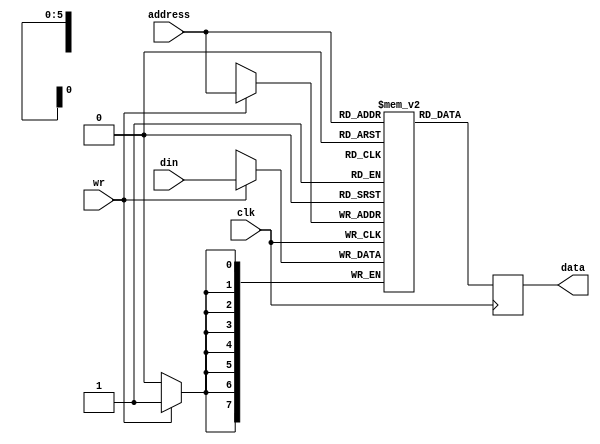
module ram_64x8 (
    input wire clk,            
    input wire wr,             
    input wire [5:0] address,  
    input wire [7:0] din,      
    output reg [7:0] data    
);
    reg [7:0] ram [0:63];
    always @(posedge clk) begin
        if (wr) begin
            ram[address] <= din;
        end
        data <= ram[address];
    end
endmodule
//TestBench

module tb_ram_64x8;
    reg clk;
    reg wr;
    reg [5:0] address;
    reg [7:0] din;
    wire [7:0] data;
    ram_64x8 DUT (
        .clk(clk),
        .wr(wr),
        .address(address),
        .din(din),
        .data(data)
    );
    initial begin
        clk = 0;
        wr = 0;
        address = 0;
        din = 8'h00;
        $monitor("At time %0t, clk = %b, address = %h, din = %h, data = %h", $time, clk, address, din, data);
        wr = 1;
        #10;
        address = 6'h00;
        din = 8'h11;
        #10;
        address = 6'h01;
        din = 8'h22;
        #10;
        address = 6'h02;
        din = 8'h33;
        #10;
        wr = 0; 
        #10;
        address = 6'h00;
        #10;
        address = 6'h01;
        #10;
        address = 6'h02;
        #10;
        #10 $finish;
    end
    always #5 clk = ~clk;
endmodule